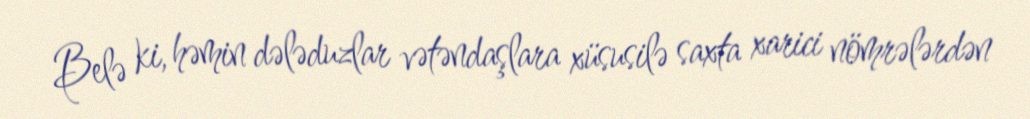
Belə ki, həmin dələduzlar vətəndaşlara xüsusilə saxta xarici nömrələrdən